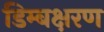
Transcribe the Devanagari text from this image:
डिम्बक्षरण